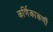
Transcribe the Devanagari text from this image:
कर्णिकाकर्णी